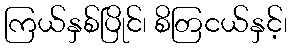
ကြယ်နှစ်ပြိုင်၊ စိတြငယ်နှင့်၊